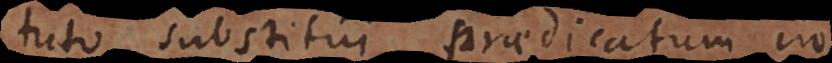
tuto substitui praedicatum in